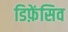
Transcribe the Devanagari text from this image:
डिफ़ेंसिव